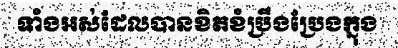
ទាំងអស់ដែលបានខិតខំប្រឹងប្រែងក្នុង